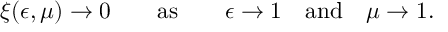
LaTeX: \xi ( \epsilon , \mu ) \to 0 \qquad \mathrm { a s } \qquad \epsilon \to 1 \quad \mathrm { a n d } \quad \mu \to 1 .